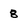
Character: 8